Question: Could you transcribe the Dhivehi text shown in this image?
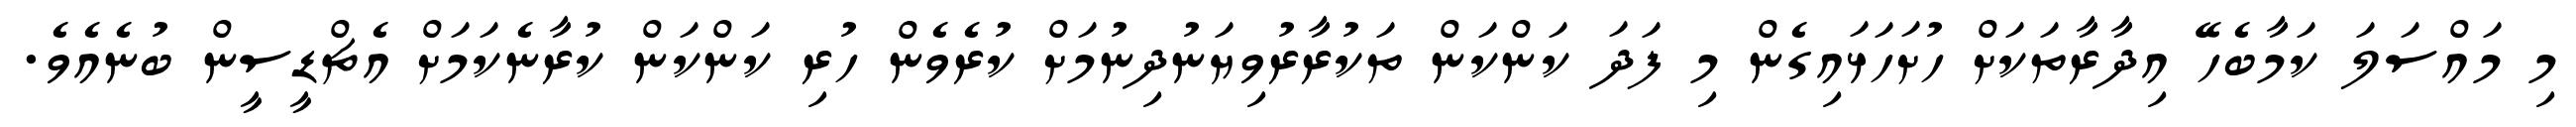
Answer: މި މައްސަލަ ކަމާބެހޭ އިދާރާތަކަށް ހުށަހަޅައިގެން މި ފަދަ ކަންކަން ތަކުރާރުވިޔަނުދިނުމަށް ކުރެވެން ހުރި ކަންކަން ކުރާނެކަމަށް އެޗްޑީސީން ބުނެއެވެ.